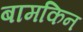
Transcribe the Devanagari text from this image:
बामकिन